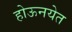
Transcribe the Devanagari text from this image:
होऊनयेत